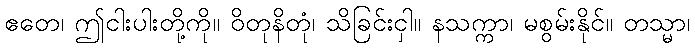
ဧတေ၊ ဤငါးပါးတို့ကို။ ဝိတုနိတုံ၊ သိခြင်းငှါ။ နသက္ကာ၊ မစွမ်းနိုင်။ တသ္မာ၊